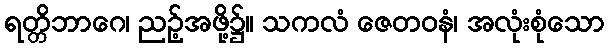
ရတ္တိဘာဂေ၊ ညဉ့်အဖို့၌။ သကလံ ဇေတဝနံ၊ အလုံးစုံသော